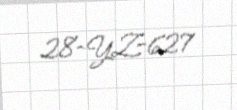
28-YZ-627